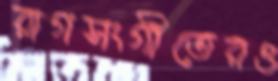
রাগসংগীতেরও